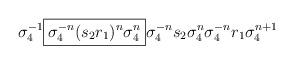
LaTeX: \begin{align*} \sigma_4^{-1} \boxed{ \sigma_4^{-n}(s_2 r_1)^n \sigma_4^{n}} \sigma_4^{-n} s_2 \sigma_4^{n} \sigma_4^{-n} r_1 \sigma_4^{n+1} \end{align*}